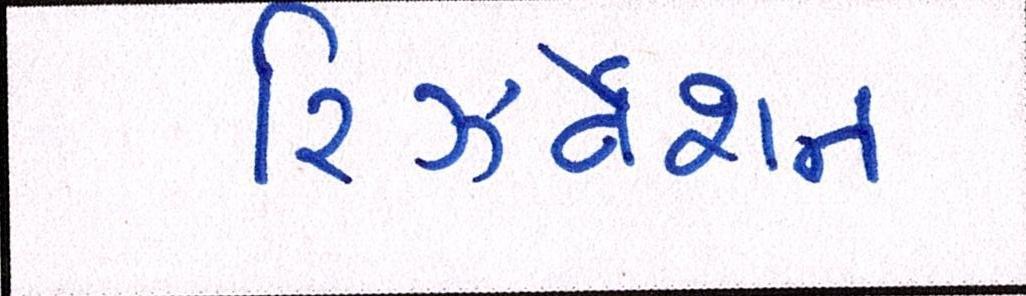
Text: રિઝર્વેશન